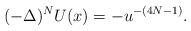
LaTeX: \begin{align*}(-\Delta)^N U(x) = - u^{-(4N-1)}.\end{align*}